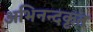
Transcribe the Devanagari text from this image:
अभिनन्दकृत